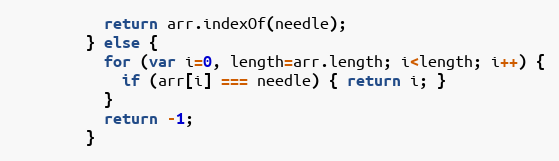
Language: JavaScript
          return arr.indexOf(needle);
        } else {
          for (var i=0, length=arr.length; i<length; i++) {
            if (arr[i] === needle) { return i; }
          }
          return -1;
        }